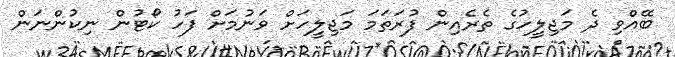
ބޭއްވި ދެ މަޖިލީހުގެ ތެރެއިން ފުރަތަމަ މަޖިލީހަށް ވަނުމަށް ފަހު ކޯޓުން ނިކުންނަން